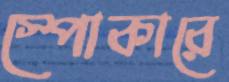
স্পোকারে